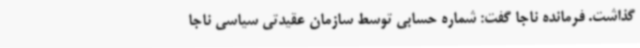
گذاشت. فرمانده ناجا گفت: شماره حسابی توسط سازمان عقیدتی سیاسی ناجا